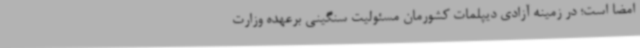
امضا است؛ در زمینه آزادی دیپلمات کشورمان مسئولیت سنگینی برعهده وزارت